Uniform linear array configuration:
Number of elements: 24
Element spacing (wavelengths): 0.25
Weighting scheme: binomial
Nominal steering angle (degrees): -45
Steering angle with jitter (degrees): -45.816
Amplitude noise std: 0.05
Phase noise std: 0.05

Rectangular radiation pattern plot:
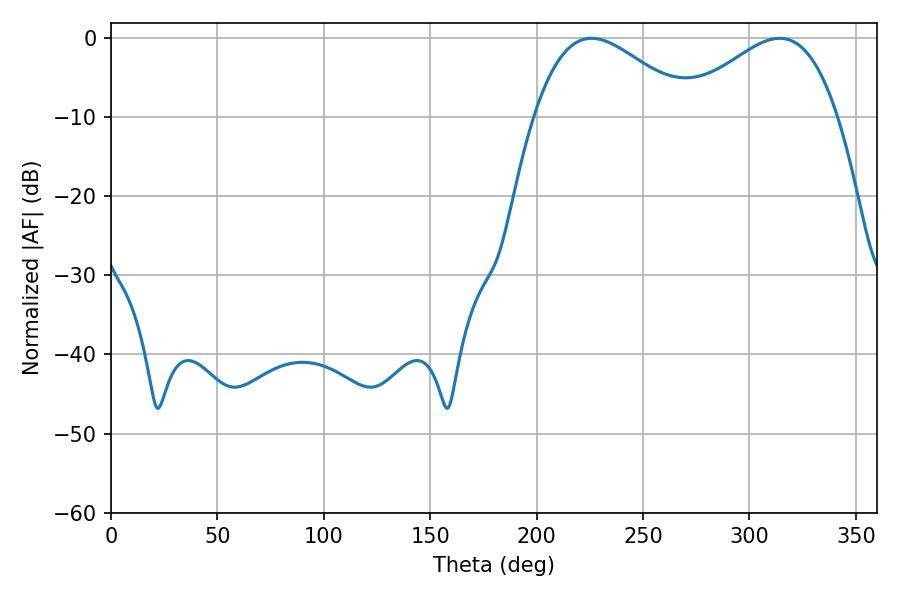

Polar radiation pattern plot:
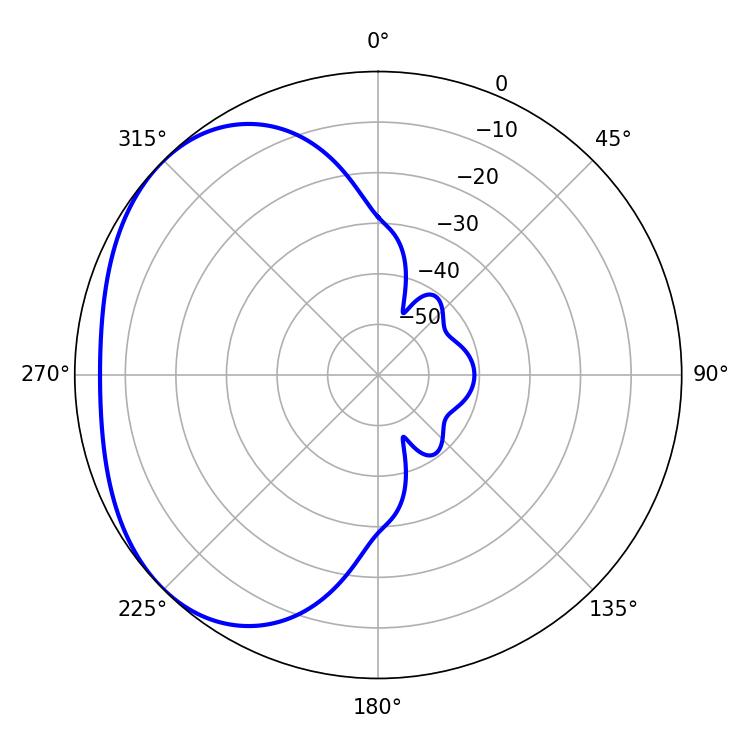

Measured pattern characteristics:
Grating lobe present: FALSE
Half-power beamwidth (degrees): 39.6
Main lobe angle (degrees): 225.72